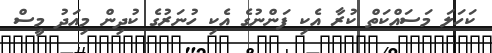
ކަހަލަ މަސައްކަތް ކުރާ އެކި ފަންނުގެ އެކި ހުނަރުގެ ކުދިން މިއަދު މީސް